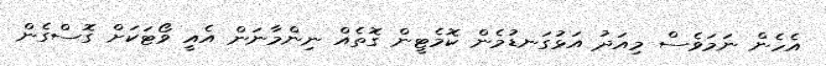
އެހެން ނަމަވެސް މިއަދު އަޅުގަނޑުމެން ކޮމެޓީން ގޮތެއް ނިންމާނަން އެއީ ވޯޓަކަށް ގޮސްގެން